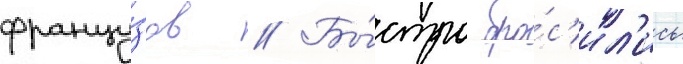
францу́зов // Бы́стро бро́с'ил'ись